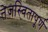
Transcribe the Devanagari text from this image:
तेजस्वितापूर्ण